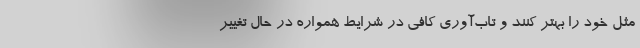
مثل خود را بهتر کنند و تاب‌آوری کافی در شرایط همواره در حال تغییر